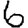
Digit: 6